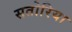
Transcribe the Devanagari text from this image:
सतोरिया